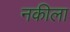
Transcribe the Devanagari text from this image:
नकीला